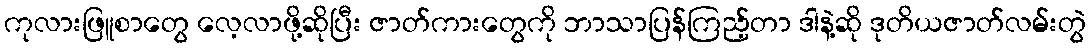
ကုလားဖြူစာတွေ လေ့လာဖို့ဆိုပြီး ဇာတ်ကားတွေကို ဘာသာပြန်ကြည့်တာ ဒါနဲ့ဆို ဒုတိယဇာတ်လမ်းတွဲ